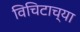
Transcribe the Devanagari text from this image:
विचिटाच्या